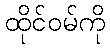
ထိုင်ဝမ်ကို